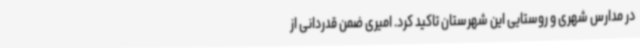
در مدارس شهری و روستایی این شهرستان تاکید کرد. امیری ضمن قدردانی از